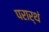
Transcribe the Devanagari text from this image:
परार्थं